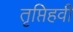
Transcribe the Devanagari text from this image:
तृप्तिहवी